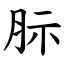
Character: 䏡